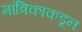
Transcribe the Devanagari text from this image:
मांत्रिकाकडून